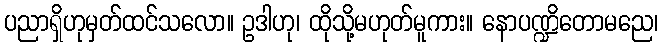
ပညာရှိဟုမှတ်ထင်သလော။ ဥဒါဟု၊ ထိုသို့မဟုတ်မူကား။ နောပဏ္ဍိတောမညေ၊